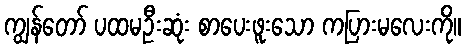
ကျွန်တော် ပထမဦးဆုံး စာပေးဖူးသော ကပြားမလေးကို။